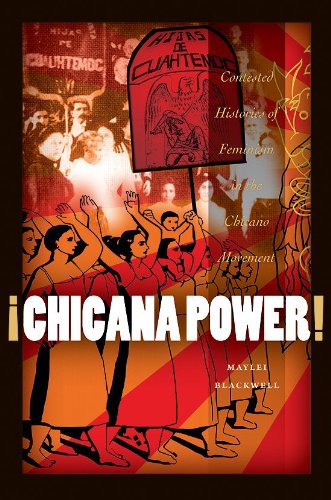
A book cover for Â¡Chicana Power!: Contested Histories of Feminism in the Chicano Movement (Chicana Matters); Maylei Blackwell; Gay & Lesbian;